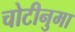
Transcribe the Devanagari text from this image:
चोटीनुमा